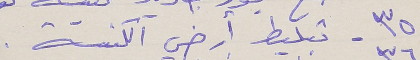
٣٥ - تبليط أرضي الكنيسة .